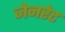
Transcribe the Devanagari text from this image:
जेनरेट